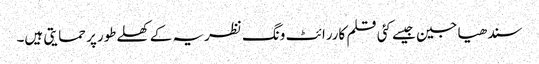
سندھیا جین جیسے کئی قلم کاررائٹ ونگ نظریہ کے کھلےطورپر حمایتی ہیں۔